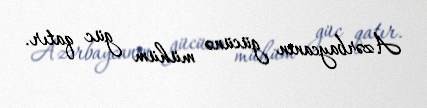
Azərbaycanın gücünə mühüm güc qatır.